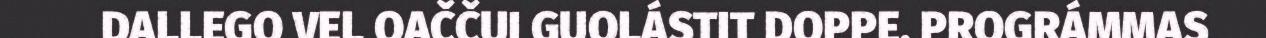
DALLEGO VEL OAČČUI GUOLÁSTIT DOPPE. PROGRÁMMAS